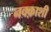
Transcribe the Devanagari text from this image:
नक्क़ाशी